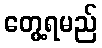
တွေ့ရမည်